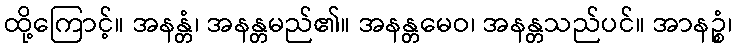
ထို့ကြောင့်။ အနန္တံ၊ အနန္တမည်၏။ အနန္တမေဝ၊ အနန္တသည်ပင်။ အာနဉ္စံ၊